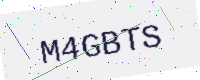
Text: M4GBTS